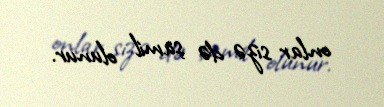
onlar sizə də şamil olunur.